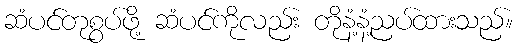
ဆံပင်တုစွပ်ဖို့ ဆံပင်ကိုလည်း တိုနံ့နံ့ညပ်ထားသည်။